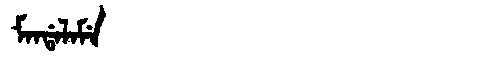
Manchu: ᠮᠠᠨᡩᠠᠯᠠᠮᡝ
Romanization: MANDALAME